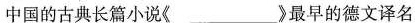
中国的古典长篇小说《___》最早的德文译名